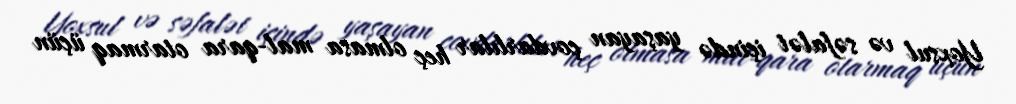
Yoxsul və səfalət içində yaşayan çovdarlılar heç olmasa mal-qara otarmaq üçün